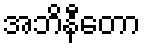
အဘိနီတော